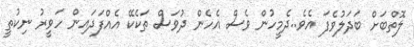
ލޮތްބަށް ބަދަލުވެފަ އެވެ..ދެމީހުން ވެސް އެހެން ދުވަސް ތަކެކޭ އެއްފަދައިން ހަވީރު ނިކުތީ